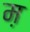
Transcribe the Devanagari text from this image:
म़